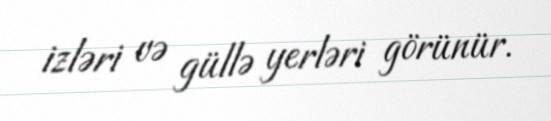
izləri və güllə yerləri görünür.